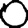
Digit: 0